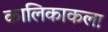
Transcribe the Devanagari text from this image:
कालिकाकला